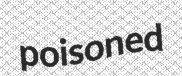
poisoned